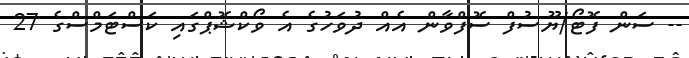
-- ސަން ފޮޓޯ/ޔޫސުފް ސޮފްވާން އެއް ދުވަހުގެ އެ ވޯކްޝޮޕްގައި ކަސްޓަމްސްގެ 27